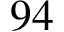
9 4